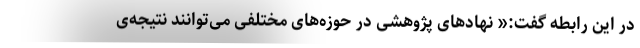
در این رابطه گفت:« نهادهای پژوهشی در حوزه‌های مختلفی می‌توانند نتیجه‌ی